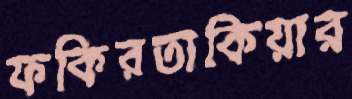
ফকিরতাকিয়ার